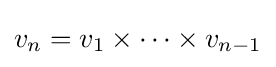
v_{n}=v_{1}\times \cdots \times v_{n-1}